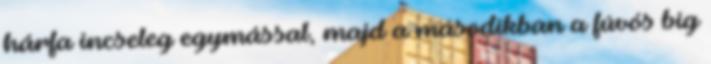
hárfa incseleg egymással, majd a másodikban a fúvós big